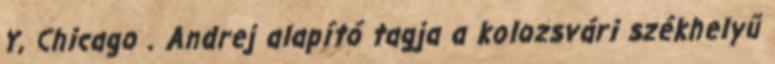
Y, Chicago . Andrej alapító tagja a kolozsvári székhelyű